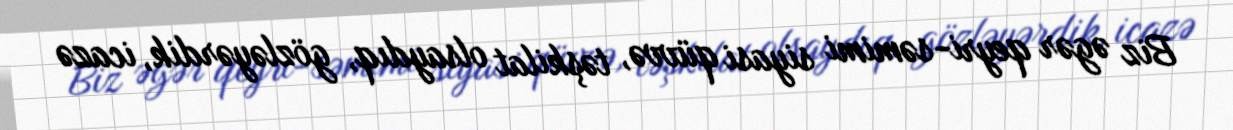
Biz əgər qeyri-səmimi siyasi qüvvə, təşkilat olsaydıq, gözləyərdik, icazə